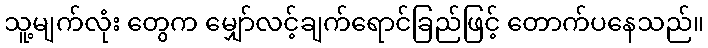
သူ့မျက်လုံး တွေက မျှော်လင့်ချက်ရောင်ခြည်ဖြင့် တောက်ပနေသည်။